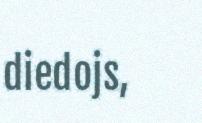
diedojs,